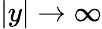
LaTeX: \left|y\right|\rightarrow\infty